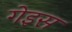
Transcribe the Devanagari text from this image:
गेइस